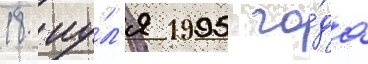
18 иу́л'я 1995 го́да